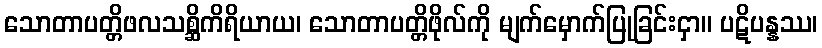
သောတာပတ္တိဖလသစ္ဆိကိရိယာယ၊ သောတာပတ္တိဖိုလ်ကို မျက်မှောက်ပြုခြင်းငှာ။ ပဋိပန္နဿ၊